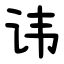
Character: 讳